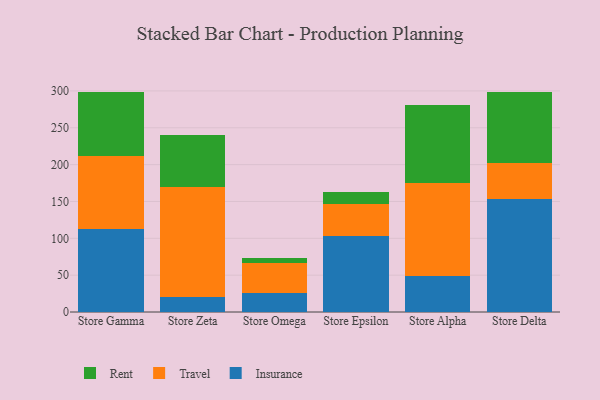
{"axis": {"x": "Store", "y": "Shipments"}, "legend": ["Insurance", "Rent", "Travel"], "data": [{"x": "Store Gamma", "y": 113.2, "type": "Insurance"}, {"x": "Store Gamma", "y": 98.9, "type": "Travel"}, {"x": "Store Gamma", "y": 86.2, "type": "Rent"}, {"x": "Store Zeta", "y": 19.9, "type": "Insurance"}, {"x": "Store Zeta", "y": 150.4, "type": "Travel"}, {"x": "Store Zeta", "y": 69.4, "type": "Rent"}, {"x": "Store Omega", "y": 25.7, "type": "Insurance"}, {"x": "Store Omega", "y": 41.0, "type": "Travel"}, {"x": "Store Omega", "y": 7.0, "type": "Rent"}, {"x": "Store Epsilon", "y": 103.2, "type": "Insurance"}, {"x": "Store Epsilon", "y": 43.0, "type": "Travel"}, {"x": "Store Epsilon", "y": 16.5, "type": "Rent"}, {"x": "Store Alpha", "y": 49.0, "type": "Insurance"}, {"x": "Store Alpha", "y": 125.4, "type": "Travel"}, {"x": "Store Alpha", "y": 107.2, "type": "Rent"}, {"x": "Store Delta", "y": 154.0, "type": "Insurance"}, {"x": "Store Delta", "y": 48.4, "type": "Travel"}, {"x": "Store Delta", "y": 96.7, "type": "Rent"}]}